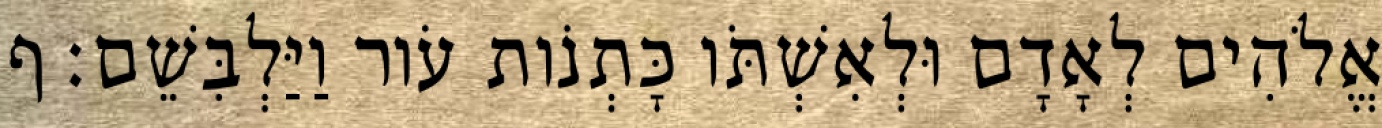
אֱלֹהִים לְאָדָם וּלְאִשְׁתֹּו כָּתְנֹות עֹור וַיַּלְבִּשֵׁם׃ ף